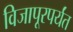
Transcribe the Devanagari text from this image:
विजापूरपर्यंत